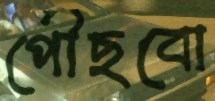
পৌঁছবো